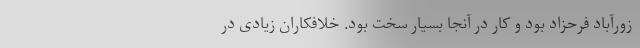
زورآباد فرحزاد بود و کار در آنجا بسیار سخت بود. خلافکاران زیادی در